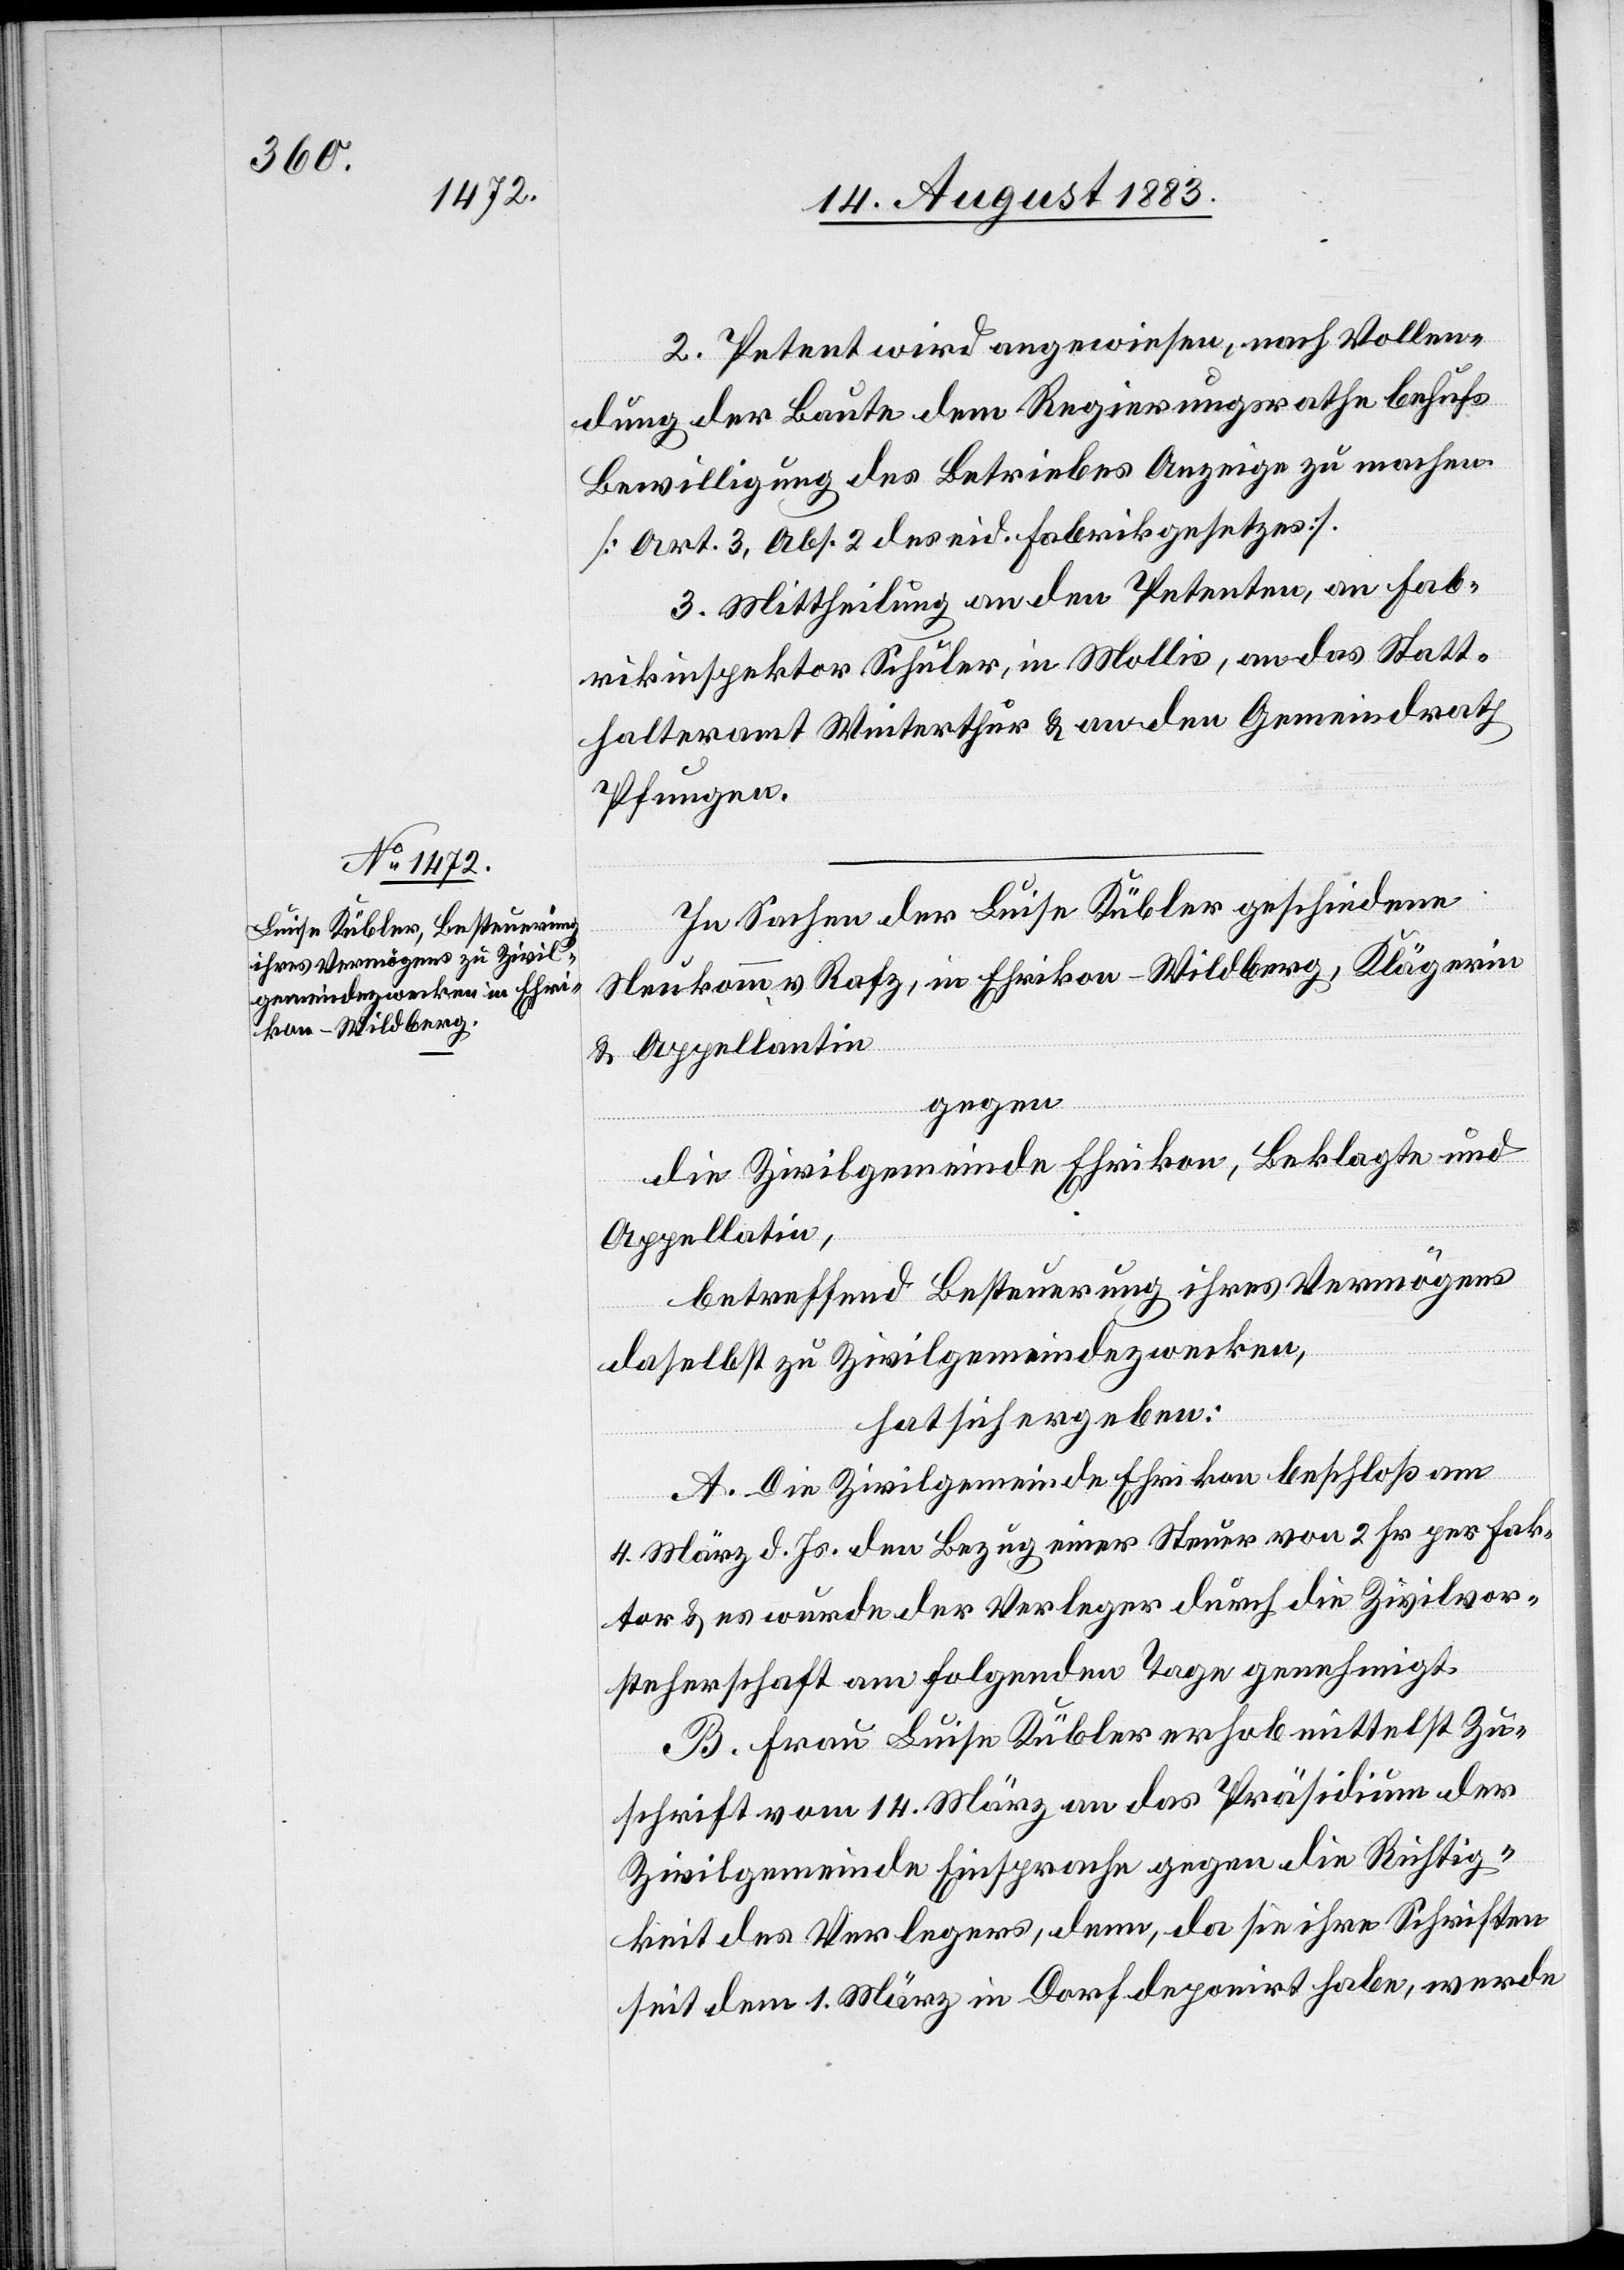
2. Petent wird angewiesen, nach Vollen¬
dung der Baute dem Regierungsrathe behufs
Bewilligung des Betriebes Anzeige zu machen.
[Art. 3, Abs. 2 des eid. Fabrikgesetzes.]
3. Mittheilung an den Petenten, an Fab¬
rikinspektor Schuler, in Mollis, an das Statt¬
halteramt Winterthur & an den Gemeindrath
Pfungen.
In Sachen der Luise Kübler geschiedene
Neukomm v. Rafz, in Ehrikon - Wildberg, Klägerin
& Appellantin
gegen
die Zivilgemeinde Ehrikon, Beklagte und
Appellatin,
betreffend Besteuerung ihres Vermögens
daselbst zu Zivilgemeindezwecken,
hat sich ergeben:
A. Die Zivilgemeinde Ehrikon beschloß am
4. März d. Js. den Bezug einer Steuer von 2 Fr. per Fak¬
tor & es wurde der Verleger durch die Zivilvor¬
steherschaft am folgenden Tage genehmigt.
B. Frau Luise Kübler erhob mittelst Zu¬
schrift vom 14. März an das Präsidium der
Zivilgemeinde Einsprache gegen die Richtig¬
keit des Verlegers, denn, da sie ihre Schriften
seit dem 1. März in Dorf deponirt habe, werde